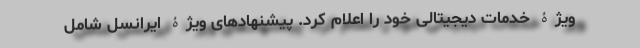
ویژۀ خدمات دیجیتالی خود را اعلام کرد. پیشنهادهای ویژۀ ایرانسل شامل